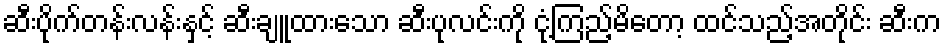
ဆီးပိုက်တန်းလန်းနှင့် ဆီးချူထားသော ဆီးပုလင်းကို ငုံ့ကြည့်မိတော့ ထင်သည့်အတိုင်း ဆီးက